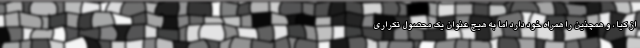
از کیا ، و همچنین را همراه خود دارد اما به هیچ عنوان یک محصول تکراری